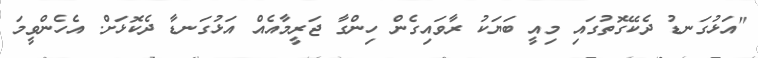
"އަޅުގަނޑު ދެކޭގޮތުގައި މިއީ ބަޔަކު ރާވައިގެން ހިންގާ ޖަރީމާއެއް އަޅުގަނޑާ ދެކޮޅަށް. އެހެންވީމަ